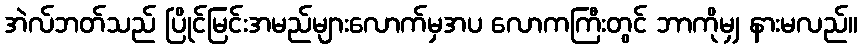
အဲလ်ဘတ်သည် ပြိုင်မြင်းအမည်များလောက်မှအပ လောကကြီးတွင် ဘာကိုမျှ နားမလည်။